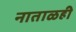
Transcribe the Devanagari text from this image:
नाताळही